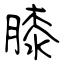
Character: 膝